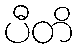
ပီတိ